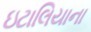
ઇટાલિયાના